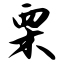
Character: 栗